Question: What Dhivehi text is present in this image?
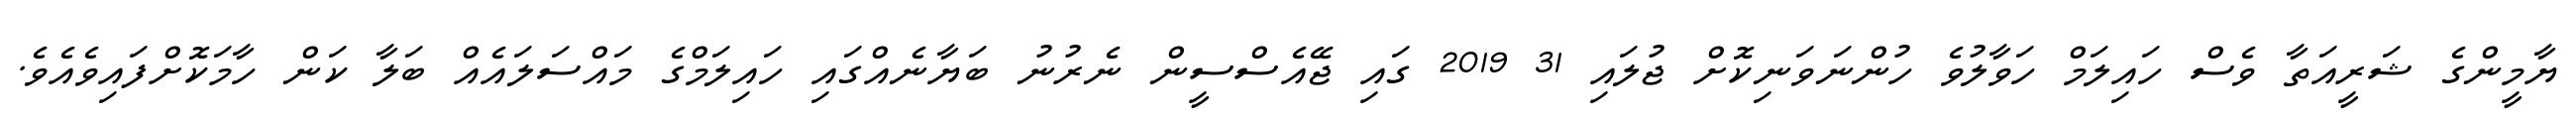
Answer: ޔާމީންގެ ޝަރީއަތާ ވެސް ހައިލަމް ހަވާލުވެ ހުންނަވަނިކޮށް ޖުލައި 31 2019 ގައި ޖޭއެސްސީން ނެރުނު ބަޔާނެއްގައި ހައިލަމްގެ މައްސަލައެއް ބަލާ ކަން ހާމަކޮށްފައިވެއެވެ.